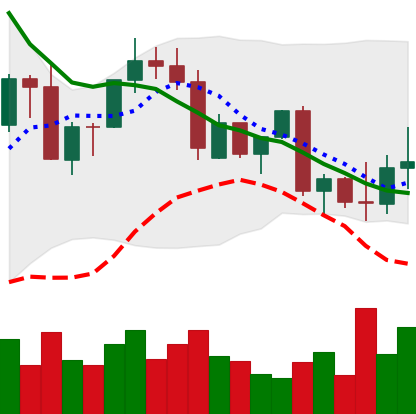
Ticker: ADA-USD
Chart end date: 2022-09-23
Forward return: -5.312%
Label: down_5_7